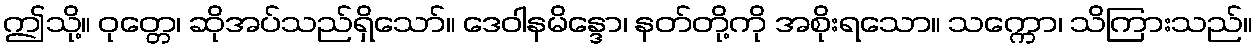
ဤသို့။ ဝုတ္တေ၊ ဆိုအပ်သည်ရှိသော်။ ဒေဝါနမိန္ဒော၊ နတ်တို့ကို အစိုးရသော။ သက္ကော၊ သိကြားသည်။